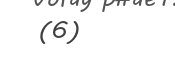
(6)